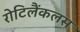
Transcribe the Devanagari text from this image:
रोटिलैंकलस